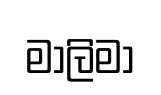
මාලිමා